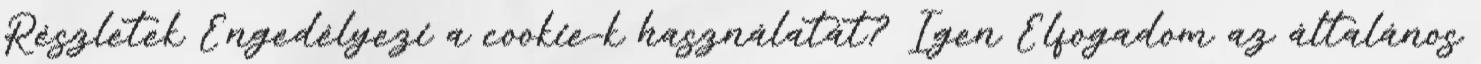
Részletek Engedélyezi a cookie-k használatát? Igen Elfogadom az általános